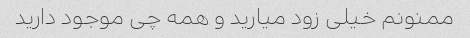
ممنونم خیلی زود میارید و همه چی موجود دارید